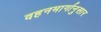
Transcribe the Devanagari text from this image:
वहनमार्गानुसार